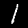
Label: 1